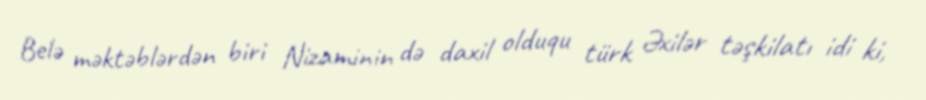
Belə məktəblərdən biri Nizaminin də daxil olduqu türk Əxilər təşkilatı idi ki,